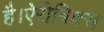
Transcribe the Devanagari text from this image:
है।ऐरोबिक्स